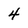
Character: 4